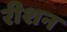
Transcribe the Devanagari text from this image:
रीशन